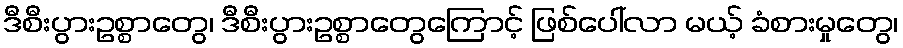
ဒီစီးပွားဥစ္စာတွေ၊ ဒီစီးပွားဥစ္စာတွေကြောင့် ဖြစ်ပေါ်လာ မယ့် ခံစားမှုတွေ၊